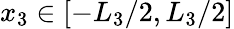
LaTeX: x_{3}\in\left[{-{L_{3}}/2,{L_{3}}/2}\right]